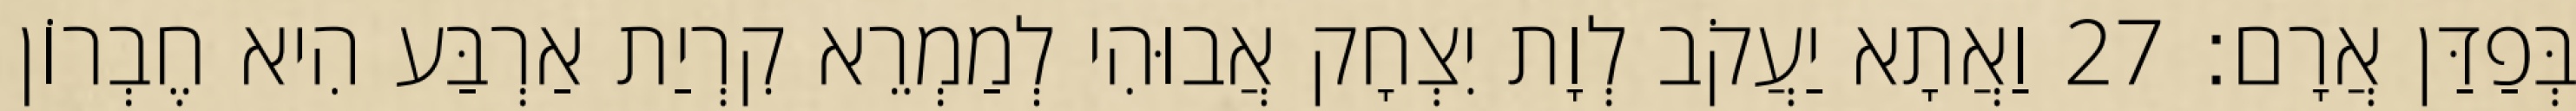
בְּפַדַּן אֲרָם׃ 27 וַאֲתָא יַעֲקֹב לְוָת יִצְחָק אֲבוּהִי לְמַמְרֵא קִרְיַת אַרְבַּע הִיא חֶבְרוֹן